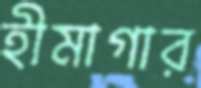
হীমাগার